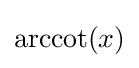
\operatorname {arccot} (x)